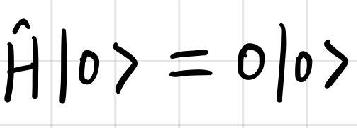
\(\hat{H}|0\rangle = 0|0\rangle\)